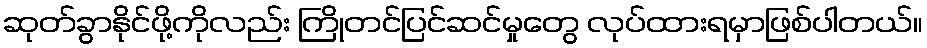
ဆုတ်ခွာနိုင်ဖို့ကိုလည်း ကြိုတင်ပြင်ဆင်မှုတွေ လုပ်ထားရမှာဖြစ်ပါတယ်။